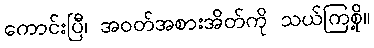
ကောင်းပြီ၊ အဝတ်အစားအိတ်ကို သယ်ကြစို့။